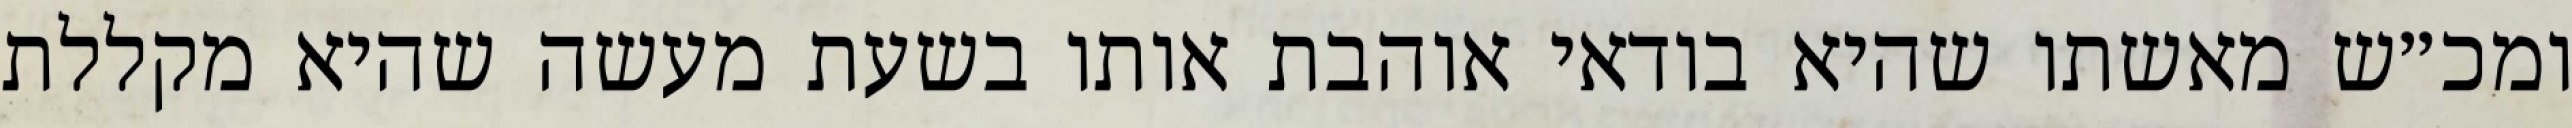
ומכ״ש מאשתו שהיא בודאי אוהבת אותו בשעת מעשה שהיא מקללת